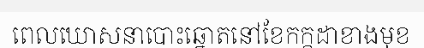
ពេលឃោសនាបោះឆ្នោតនៅខែកក្កដាខាងមុខ